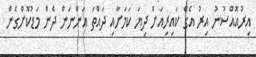
އިރުއޮއްސުނު އިރު އެގޭ ކައިރިއަށް ދިޔަ ކަަމަށާއި ދައްތަ އަންނަން ދެން މަޑުކޮށްގެން